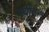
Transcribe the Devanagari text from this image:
स्वींटन